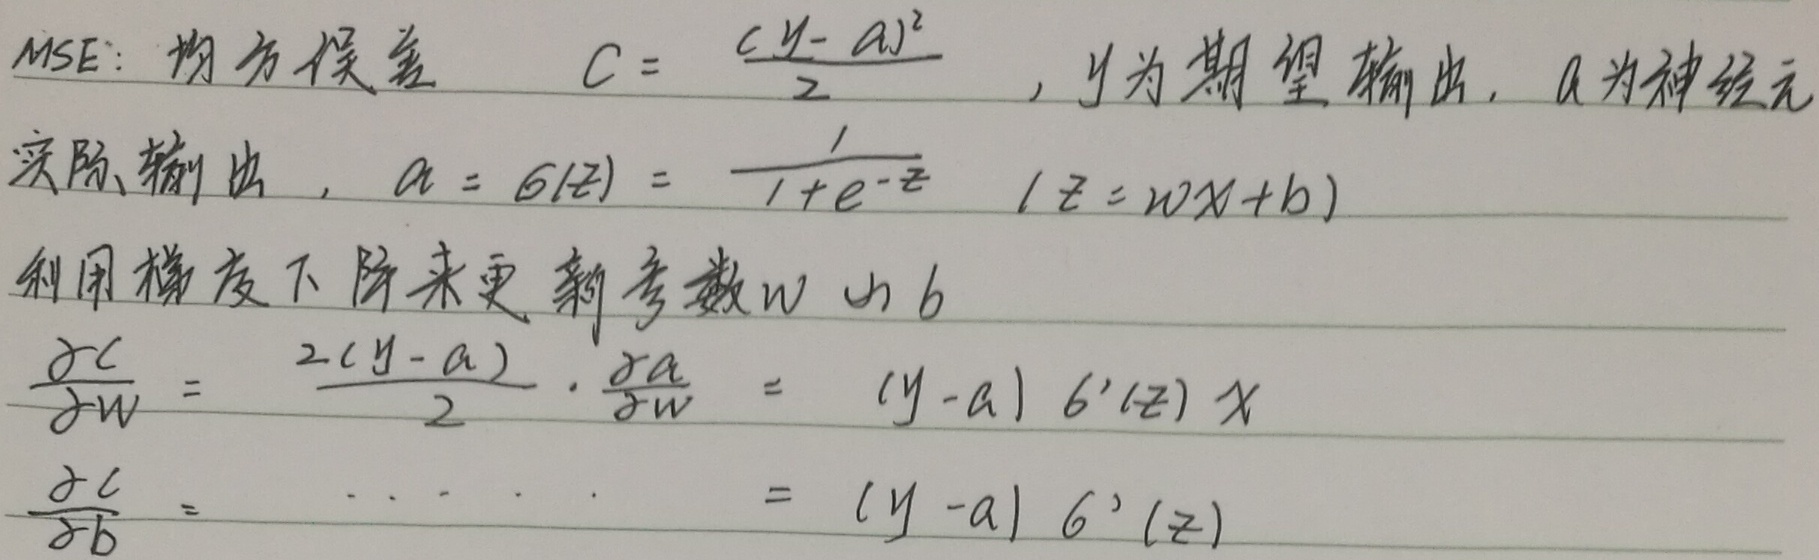
MSE：均方误差 \(C = \frac{(y - a)^2}{2}\)，其中\(y\)为期望输出，\(a\)为神经元实际输出，且\(a = \sigma(z)=\frac{1}{1 + e^{-z}}\)（\(z = wx + b\)）。利用梯度下降来更新参数\(w\)和\(b\)：
\(\frac{\partial C}{\partial w}=\frac{2(y - a)}{2}\cdot\frac{\partial a}{\partial w}=(y - a)\sigma'(z)x\)
\(\frac{\partial C}{\partial b}=(y - a)\sigma'(z)\)